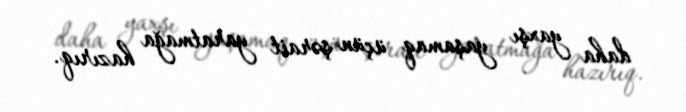
daha yaxşı yaşamaq üçün şərait yaratmağa hazırıq.